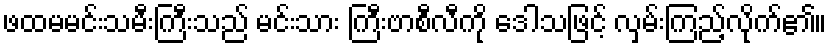
ဖထမမင်းသမီးကြီးသည် မင်းသား ကြီးဗာစီလီကို ဒေါသဖြင့် လှမ်းကြည့်လိုက်၏။